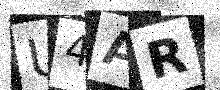
Text: U4AR